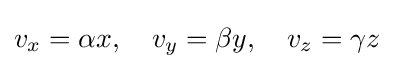
v_{x}=\alpha x,\quad v_{y}=\beta y,\quad v_{z}=\gamma z